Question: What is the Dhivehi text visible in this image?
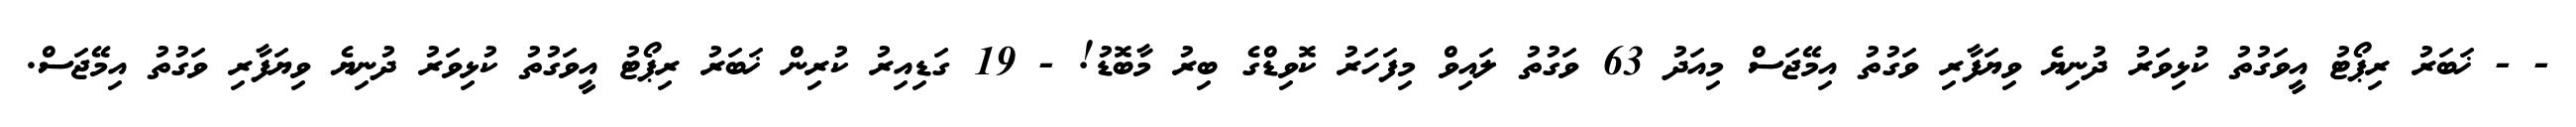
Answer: - - ޚަބަރު ރިޕޯޓު އީވަގުތު ކުޅިވަރު ދުނިޔެ ވިޔަފާރި ވަގުތު އިމޭޖަސް މިއަދު 63 ވަގުތު ލައިވް މިފަހަރު ކޮވިޑްގެ ބިރު މާބޮޑު! - 19 ގަޑިއިރު ކުރިން ޚަބަރު ރިޕޯޓު އީވަގުތު ކުޅިވަރު ދުނިޔެ ވިޔަފާރި ވަގުތު އިމޭޖަސް.